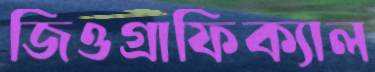
জিওগ্রাফিক্যাল